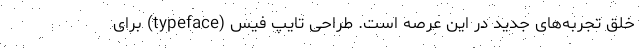
خلق تجربه‌های جدید در این عرصه است. طراحی تایپ‌ فیس (typeface) برای